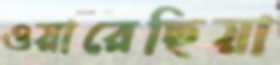
ওয়ারেছিয়া